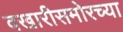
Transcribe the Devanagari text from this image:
वखारीसमोरच्या